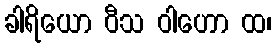
ခါရိယော ဝီသ ဝါဟော ထ၊